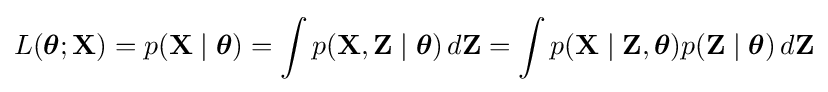
L({\boldsymbol {\theta }};\mathbf {X} )=p(\mathbf {X} \mid {\boldsymbol {\theta }})=\int p(\mathbf {X} ,\mathbf {Z} \mid {\boldsymbol {\theta }})\,d\mathbf {Z} =\int p(\mathbf {X} \mid \mathbf {Z} ,{\boldsymbol {\theta }})p(\mathbf {Z} \mid {\boldsymbol {\theta }})\,d\mathbf {Z}